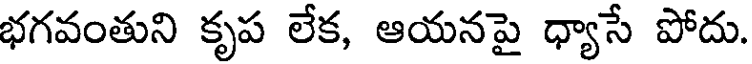
భగవంతుని కృప లేక, ఆయనపై ధ్యాసే పోదు.